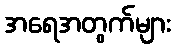
အရေအတွက်များ